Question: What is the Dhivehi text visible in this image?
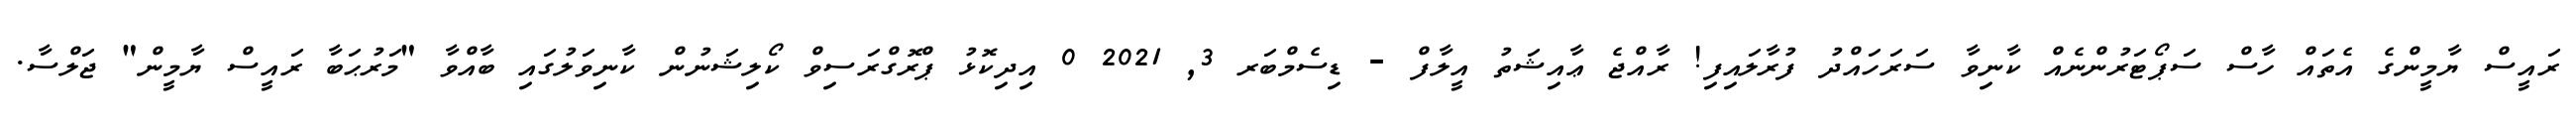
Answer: ރައީސް ޔާމީންގެ އެތައް ހާސް ސަޕޯޓަރުންނެއް ކާނިވާ ސަރަހައްދު ފުރާލައިފި! ރާއްޖެ ޢާއިޝަތު އީލާފް - ޑިސެމްބަރ 3, 2021 0 އިދިކޮޅު ޕްރޮގްރަސިވް ކޯލިޝަނުން ކާނިވަލުގައި ބާއްވާ "މަރުޙަބާ ރައީސް ޔާމީން" ޖަލްސާ.